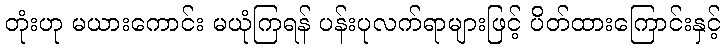
တုံးဟု မယားကောင်း မယုံကြရန် ပန်းပုလက်ရာများဖြင့် ပိတ်ထားကြောင်းနှင့်